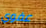
عفوي